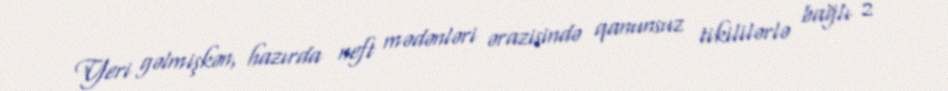
Yeri gəlmişkən, hazırda neft mədənləri ərazisində qanunsuz tikililərlə bağlı 2